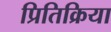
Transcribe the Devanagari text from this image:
प्रितिक्रिया